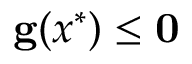
\mathbf { g } ( x ^ { * } ) \leq \mathbf { 0 }